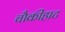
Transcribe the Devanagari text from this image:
चौकीहाट